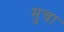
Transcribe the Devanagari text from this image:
मुचा